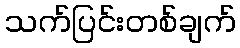
သက်ပြင်းတစ်ချက်